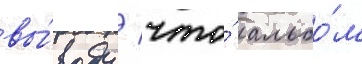
вы́воду / что́ альбо́м